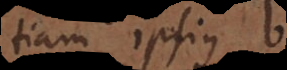
tiam ipsius b,